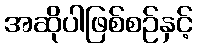
အဆိုပါဖြစ်စဉ်နှင့်